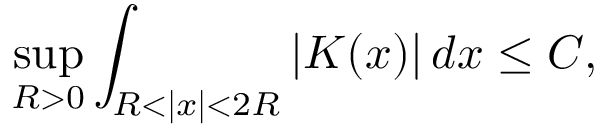
\operatorname* { s u p } _ { R > 0 } \int _ { R < | x | < 2 R } | K ( x ) | \, d x \leq C ,